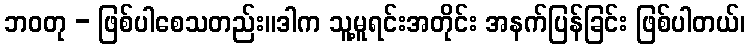
ဘဝတု - ဖြစ်ပါစေသတည်း။ဒါက သူ့မူရင်းအတိုင်း အနက်ပြန်ခြင်း ဖြစ်ပါတယ်၊